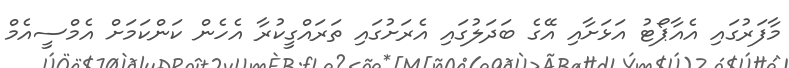
މާފަރުގައި އެއާޕޯޓު އަޅަށާއި އޭގެ ބަދަލުގައި އެރަށުގައި ތަރައްގީކުރާ އެހެން ކަންކަމަށް އެމްސީއެމް